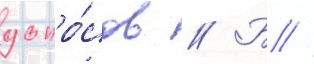
допро́сов // Б //